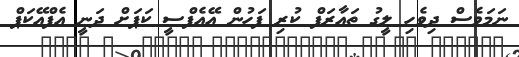
ނަމަވެސް ދިވެހި ލީގު ތައާރަފް ކުރި ފަހުން އޭއެފްސީ ކަޕަށް ދަނީ އެފްއޭކަޕް